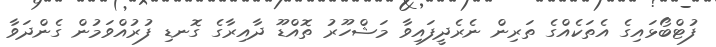
ފުޓްބޯޅައިގެ އެތަކެއްގެ ތަރިން ނެރެދީފައިވާ މަޝްހޫރު ތޮއްޑޫ ދާއިރާގެ ގޮނޑި ފުރުއްވަމުން ގެންދަވާ